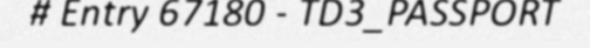
# Entry 67180 - TD3_PASSPORT